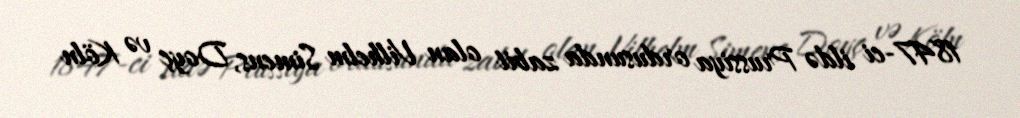
1847-ci ildə Prussiya ordusunda zabit olan Vilhelm Simens, Doyç və Köln